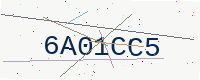
Text: 6A01CC5